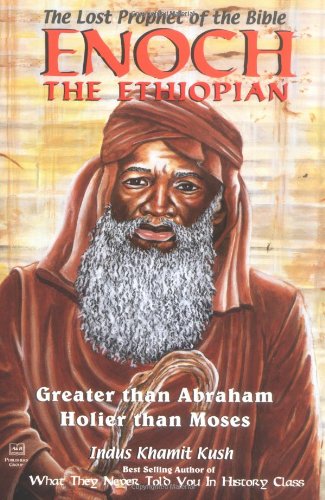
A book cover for Enoch the Ethiopian: The Lost Prophet of the Bible : Greater Than Abraham, Holier Than Moses; Indus Khamit Kush; Christian Books & Bibles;